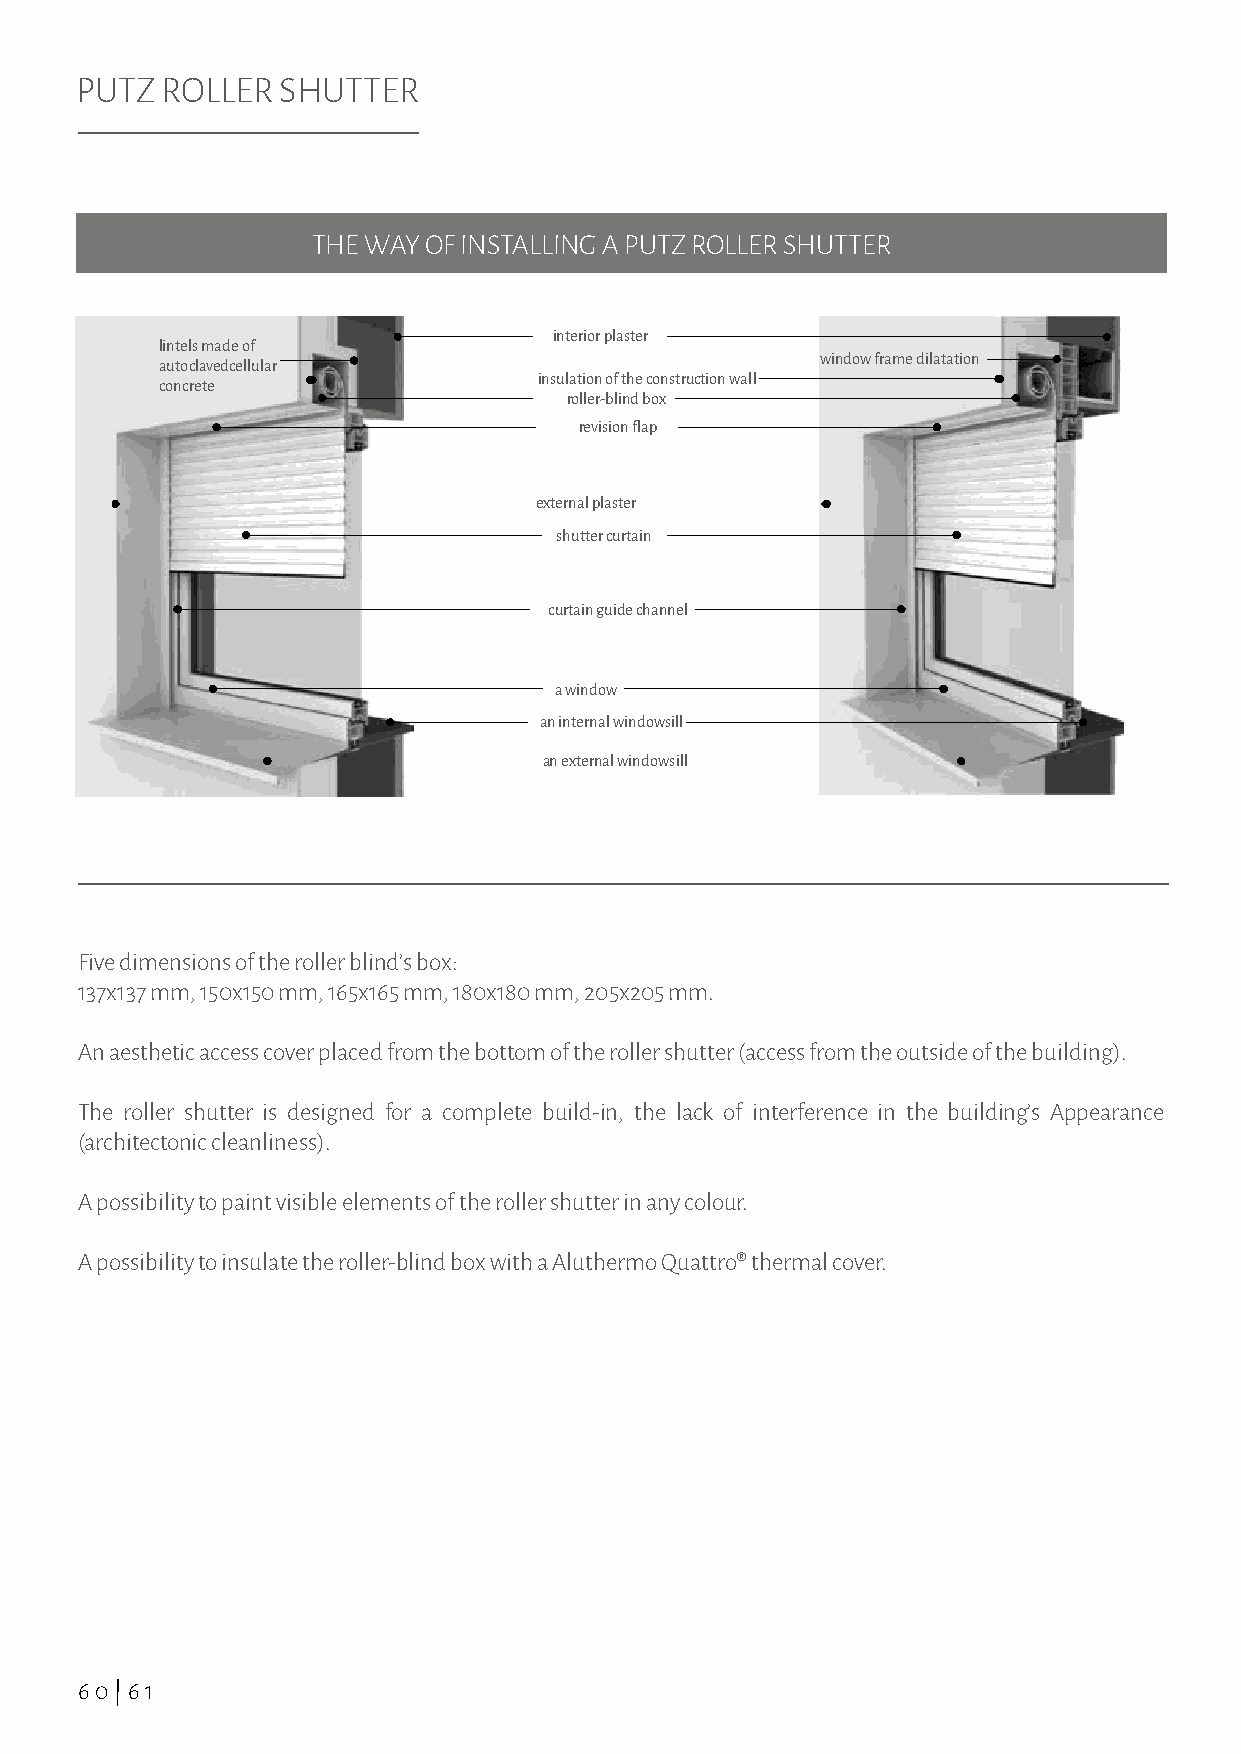
PUTZ  ROLLER SHUTTER
 THE WAY OF INSTALLING A PUTZ ROLLER SHUTTER
 interior plaster
 lintels made of
 window frame dilatation
 autoclavedcellular
 insulation of the construction wall
 concrete
 roller-blind box
 revision flap
 external plaster
 shutter curtain
 curtain guide channel
 a window
 an internal windowsill
 an external windowsill
 Five dimensions of the roller blind’s box:
 137x137 mm, 150x150 mm, 165x165 mm, 180x180 mm, 205x205 mm.
 An aesthetic access cover placed from the bottom of the roller shutter (access from the outside of the building).
 The roller shutter is designed for a complete build-in, the lack of interference in the building’s Appearance
 (architectonic cleanliness).
 A possibility to paint visible elements of the roller shutter in any colour.
 A possibility to insulate the roller-blind box with a Aluthermo Quattro® thermal cover.
 60|61